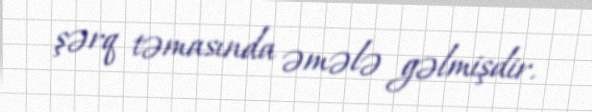
şərq təmasında əmələ gəlmişdir.